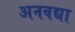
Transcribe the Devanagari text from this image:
अनवद्या